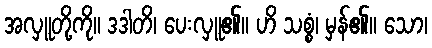
အလှူတို့ကို။ ဒဒါတိ၊ ပေးလှူ၏။ ဟိ သစ္စံ၊ မှန်၏။ သော၊